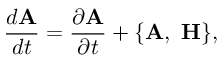
{ \frac { d { \bf A } } { d t } } = { \frac { \partial { \bf A } } { \partial t } } + \{ { \bf A } , ~ { \bf H } \} ,